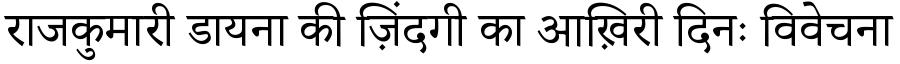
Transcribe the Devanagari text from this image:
राजकुमारी डायना की ज़िंदगी का आख़िरी दिनः विवेचना